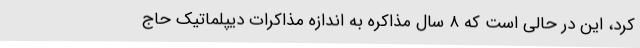
کرد، این در حالی است که ۸ سال مذاکره به اندازه مذاکرات دیپلماتیک حاج